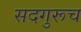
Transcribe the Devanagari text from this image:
सदगुरूच